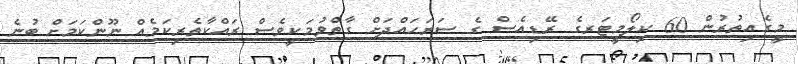
މީގެއިތުރުން 60 ކިލޯމީޓަރގެ ރޭޑިއެސް ގެ ސަރަޙައްދަށް ގާތްވުމަކީވެސް ރައްކާތެރިކަމެއް ނޫންކަމަށް ބުނެ